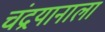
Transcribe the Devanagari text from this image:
चंद्रयानाला